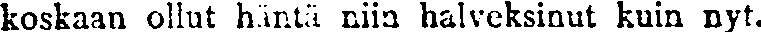
koskaan ollut häntä niin halveksinut kuin nyt.